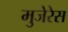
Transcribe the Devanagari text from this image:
मुजेरेस